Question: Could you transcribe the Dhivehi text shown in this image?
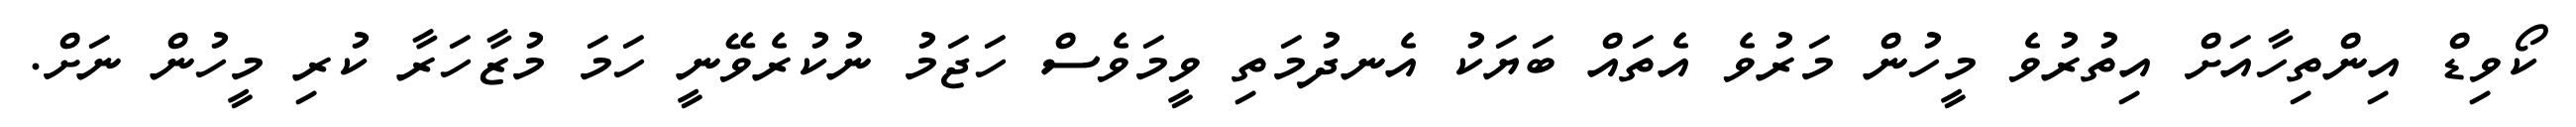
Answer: ކޯވިޑް އިންތިހާއަށް އިތުރުވެ މީހުން މަރުވެ އެތައް ބަޔަކު އެނދުމަތި ވީމަވެސް ހަޖަމު ނުކުރެވޭނީ ހަމަ މުޒާހަރާ ކުރި މީހުން ނަށް.